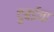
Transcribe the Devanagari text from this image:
दुबईचा